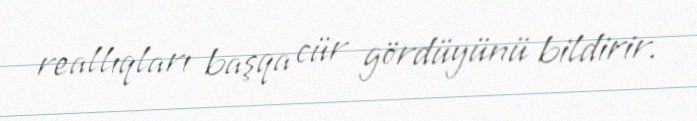
reallıqları başqa cür gördüyünü bildirir.